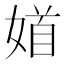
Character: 𡞝